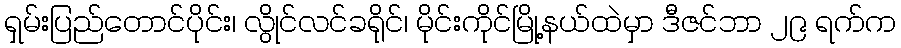
ရှမ်းပြည်တောင်ပိုင်း၊ လွိုင်လင်ခရိုင်၊ မိုင်းကိုင်မြို့နယ်ထဲမှာ ဒီဇင်ဘာ ၂၉ ရက်က